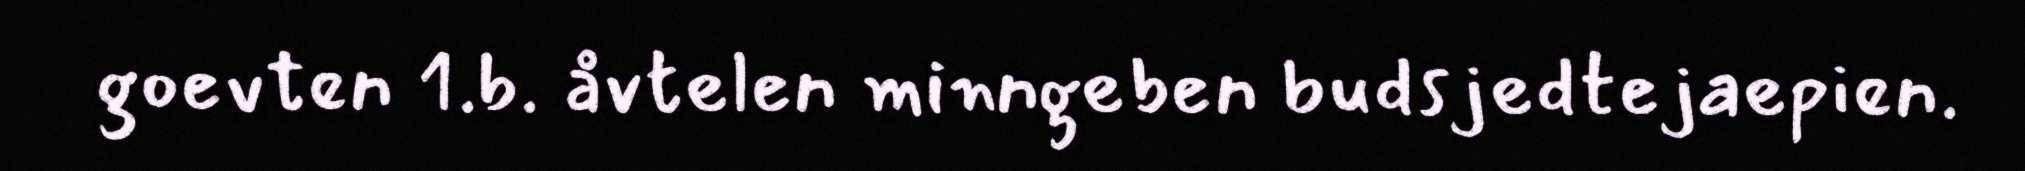
goevten 1.b. åvtelen minngeben budsjedtejaepien.